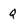
Character: Q